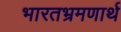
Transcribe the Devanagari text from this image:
भारतभ्रमणार्थ